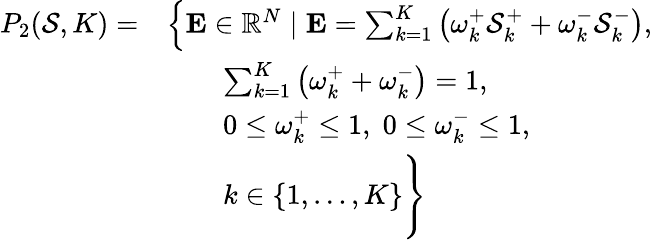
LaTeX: \begin{array}{rl}{P_{2}(\mathcal{S},K)=}&{\left\{ \mathbf{E}\in\mathbb{R}^{N}\mid\mathbf{E}=\sum_{k=1}^{K}\left(\omega_{k}^{+}\mathcal{S}_{k}^{+}+\omega_{k}^{-}\mathcal{S}_{k}^{-}\right),\right.}\\ &{\qquad\sum_{k=1}^{K}\left(\omega_{k}^{+}+\omega_{k}^{-}\right)=1,}\\ &{\qquad 0\leq\omega_{k}^{+}\leq 1,\; 0\leq\omega_{k}^{-}\leq 1,}\\ &{\qquad k\in\{ 1,\ldots,K\} \Bigg\} }\end{array}